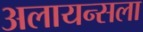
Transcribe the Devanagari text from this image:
अलायन्सला